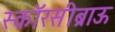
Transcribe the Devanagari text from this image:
स्कॉरसीब्राऊ